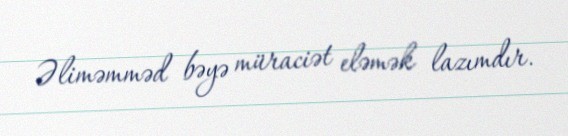
Əliməmməd bəyə müraciət eləmək lazımdır.